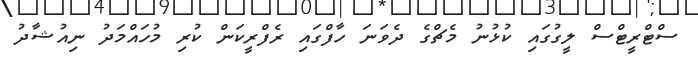
ސްޓްރީޓްސް ލީގުގައި ކުޅުނު މެޗްގެ ދެވަނަ ހާފްގައި ރެފްރީކަން ކުރި މުހައްމަދު ނިއުޝާދު